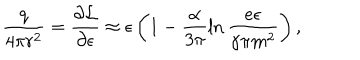
LaTeX: \frac { q } { 4 \pi r ^ { 2 } } = \frac { \partial { \cal L } } { \partial \epsilon } \approx \epsilon \left( 1 - \frac { \alpha } { 3 \pi } \ln \frac { e \epsilon } { \gamma \pi m ^ { 2 } } \right) ,